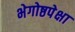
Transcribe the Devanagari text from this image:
भेगोष्ठपेक्षा